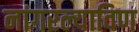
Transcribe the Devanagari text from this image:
नांगरल्याविण